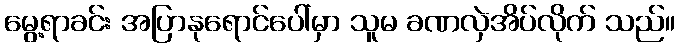
မွေ့ရာခင်း အပြာနုရောင်ပေါ်မှာ သူမ ခဏလှဲအိပ်လိုက် သည်။